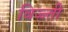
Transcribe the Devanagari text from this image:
विज्ज्ती